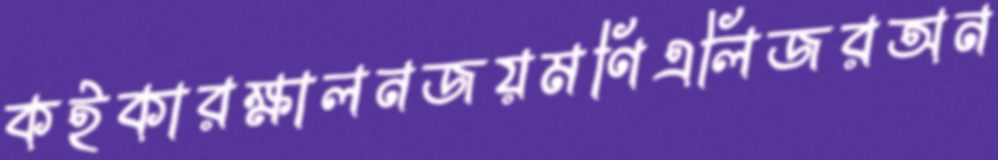
কইকারক্ষালনজয়মণিএলিজরঅন